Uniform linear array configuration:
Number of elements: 16
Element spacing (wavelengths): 0.75
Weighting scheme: hann
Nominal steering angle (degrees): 0
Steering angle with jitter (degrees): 0.2799
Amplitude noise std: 0.05
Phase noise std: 0.05

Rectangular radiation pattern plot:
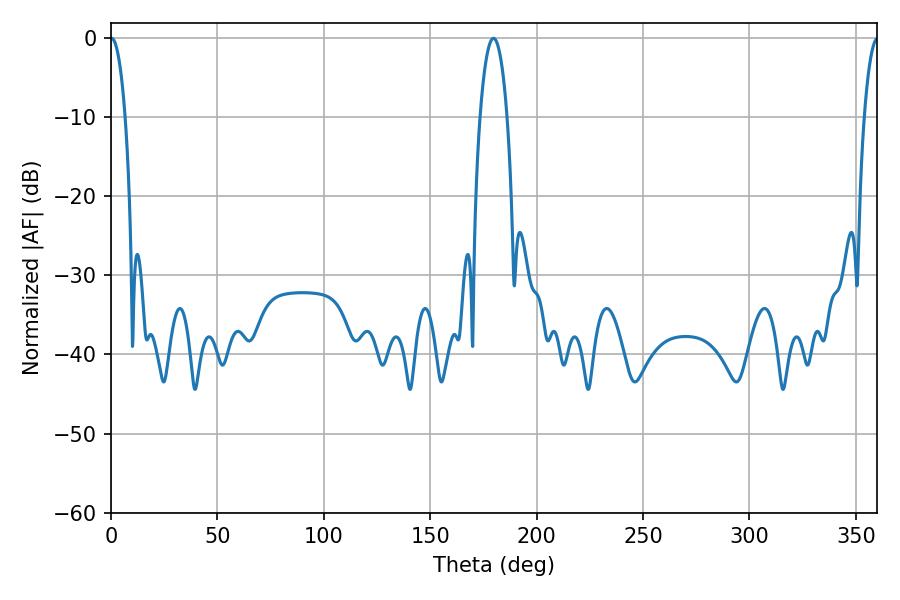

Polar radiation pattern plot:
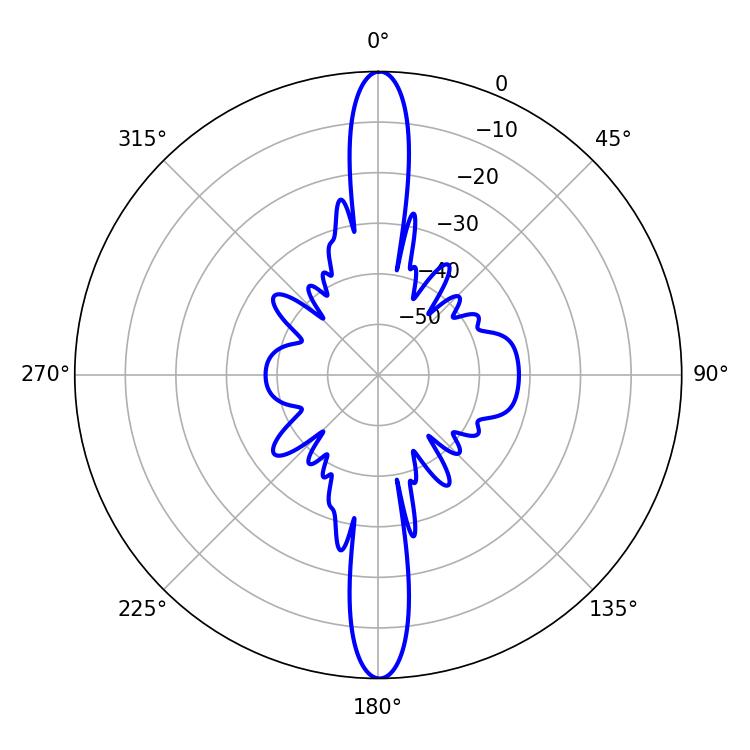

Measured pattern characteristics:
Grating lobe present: TRUE
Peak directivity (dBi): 31.504
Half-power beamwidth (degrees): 3.78
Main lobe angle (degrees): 0.36